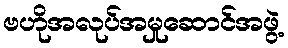
ဗဟိုအလုပ်အမှုဆောင်အဖွဲ့